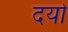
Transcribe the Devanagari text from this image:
दयो